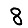
Digit: 8